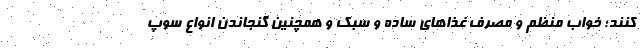
کنند؛ خواب منظم و مصرف غذاهای ساده و سبک و همچنین گنجاندن انواع سوپ